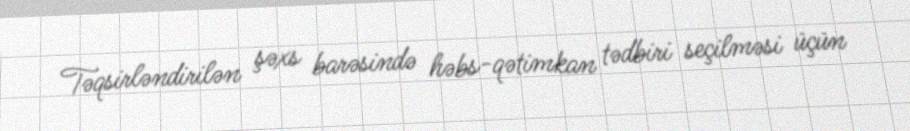
Təqsirləndirilən şəxs barəsində həbs-qətimkan tədbiri seçilməsi üçün